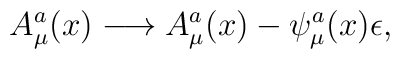
A^a_{\mu}(x) \longrightarrow A^a_{\mu}(x) - \psi^a_{\mu}(x)\epsilon,